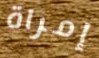
إمراة